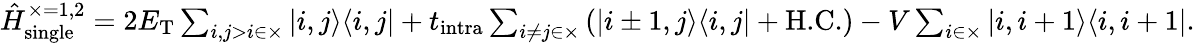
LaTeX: \begin{array}{r}{\hat{H}_{\textrm{single}}^{\times=1,2}=2E_{\textrm{T}}\sum_{i,j>i\in\times}\left|i,j\rangle\langle i,j\right|+t_{\textrm{intra}}\sum_{i\ne j\in\times}\left(\left|i\pm 1,j\rangle\langle i,j\right|+\textrm{H.C.}\right)-V\sum_{i\in\times}\left|i,i+1\rangle\langle i,i+1\right|.}\end{array}